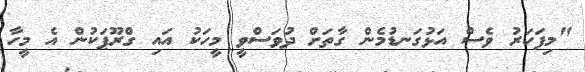
"މިފަހަރު ވެސް އަޅުގަނޑުމެން ގާތަށް ދުވަސްވީ މީހަކު އައި ގްރޫޕަކުން އެ މީހާ